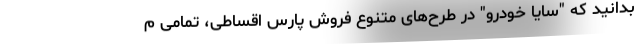
بدانید که "سایا خودرو" در طرح‌های متنوع فروش پارس اقساطی، تمامی م